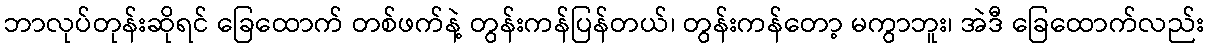
ဘာလုပ်တုန်းဆိုရင် ခြေထောက် တစ်ဖက်နဲ့ တွန်းကန်ပြန်တယ်၊ တွန်းကန်တော့ မကွာဘူး၊ အဲဒီ ခြေထောက်လည်း